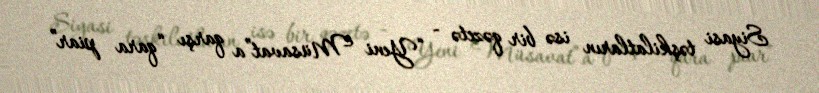
Siyasi təşkilatların isə bir qəzetə - “Yeni Müsavat”a qarşı “qara piar”